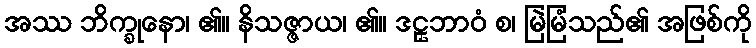
အဿ ဘိက္ခုနော၊ ၏။ နိသဇ္ဇာယ၊ ၏။ ဒဠှဘာဝံ စ၊ မြဲမြံသည်၏ အဖြစ်ကို